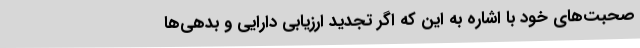
صحبت‌های خود با اشاره به این که اگر تجدید ارزیابی دارایی و بدهی‌ها